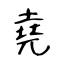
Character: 堯